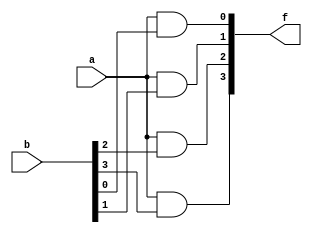
`timescale 1ns/1ps

module And_1x4_4bit(f, a, b);
    input [4-1:0] b;
    input a;
    output [4-1:0] f;

    and a0(f[0], a, b[0]);
    and a1(f[1], a, b[1]);
    and a2(f[2], a, b[2]);
    and a3(f[3], a, b[3]);

endmodule

module Or_4x4_4bit(f, a, b);
    input [4-1:0] a, b;
    output [4-1:0] f;

    or o0(f[0], a[0], b[0]);
    or o1(f[1], a[1], b[1]);
    or o2(f[2], a[2], b[2]);
    or o3(f[3], a[3], b[3]);

endmodule

module Mux_2x1_4bit(in1, in2, sel, y);
    input [4-1:0] in1, in2;
    input sel;
    output [4-1:0] y;

    wire [4-1:0] t0, t1;
    wire seln;

    not tmp0(seln, sel);
    And_1x4_4bit tmp1(t0, seln, in1);
    And_1x4_4bit tmp2(t1, sel, in2);
    Or_4x4_4bit tmp3(y, t0, t1);

endmodule

module Dmux_1x2_4bit(in, sel, y1, y2);
    input [4-1:0] in;
    input sel;
    output [4-1:0] y1, y2;

    wire sel_n;

    not tmp4(sel_n, sel);
    And_1x4_4bit tmp5(y1, sel_n, in);
    And_1x4_4bit tmp6(y2, sel, in);

endmodule

module Crossbar_2x2_4bit(in1, in2, control, out1, out2);

    input [4-1:0] in1, in2;
    input control;
    output [4-1:0] out1, out2;

    wire [4-1:0] mid1, mid2, mid3, mid4;
    wire control_n;

    not b0(control_n, control);
    Dmux_1x2_4bit turn1(in1, control, mid1, mid2);
    Dmux_1x2_4bit turn2(in2, control_n, mid3, mid4);
    Mux_2x1_4bit turn3(mid1, mid3, control, out1);
    Mux_2x1_4bit turn4(mid2, mid4, control_n, out2);

endmodule